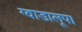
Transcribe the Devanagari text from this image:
ग्वाडालूप।